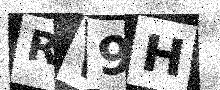
Text: RW9H